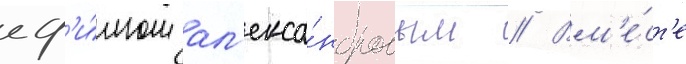
еф'и́мом ал'екса́ндровым // Вм'е́ст'е